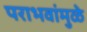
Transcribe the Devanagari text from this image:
पराभवांमुळे